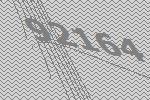
92164